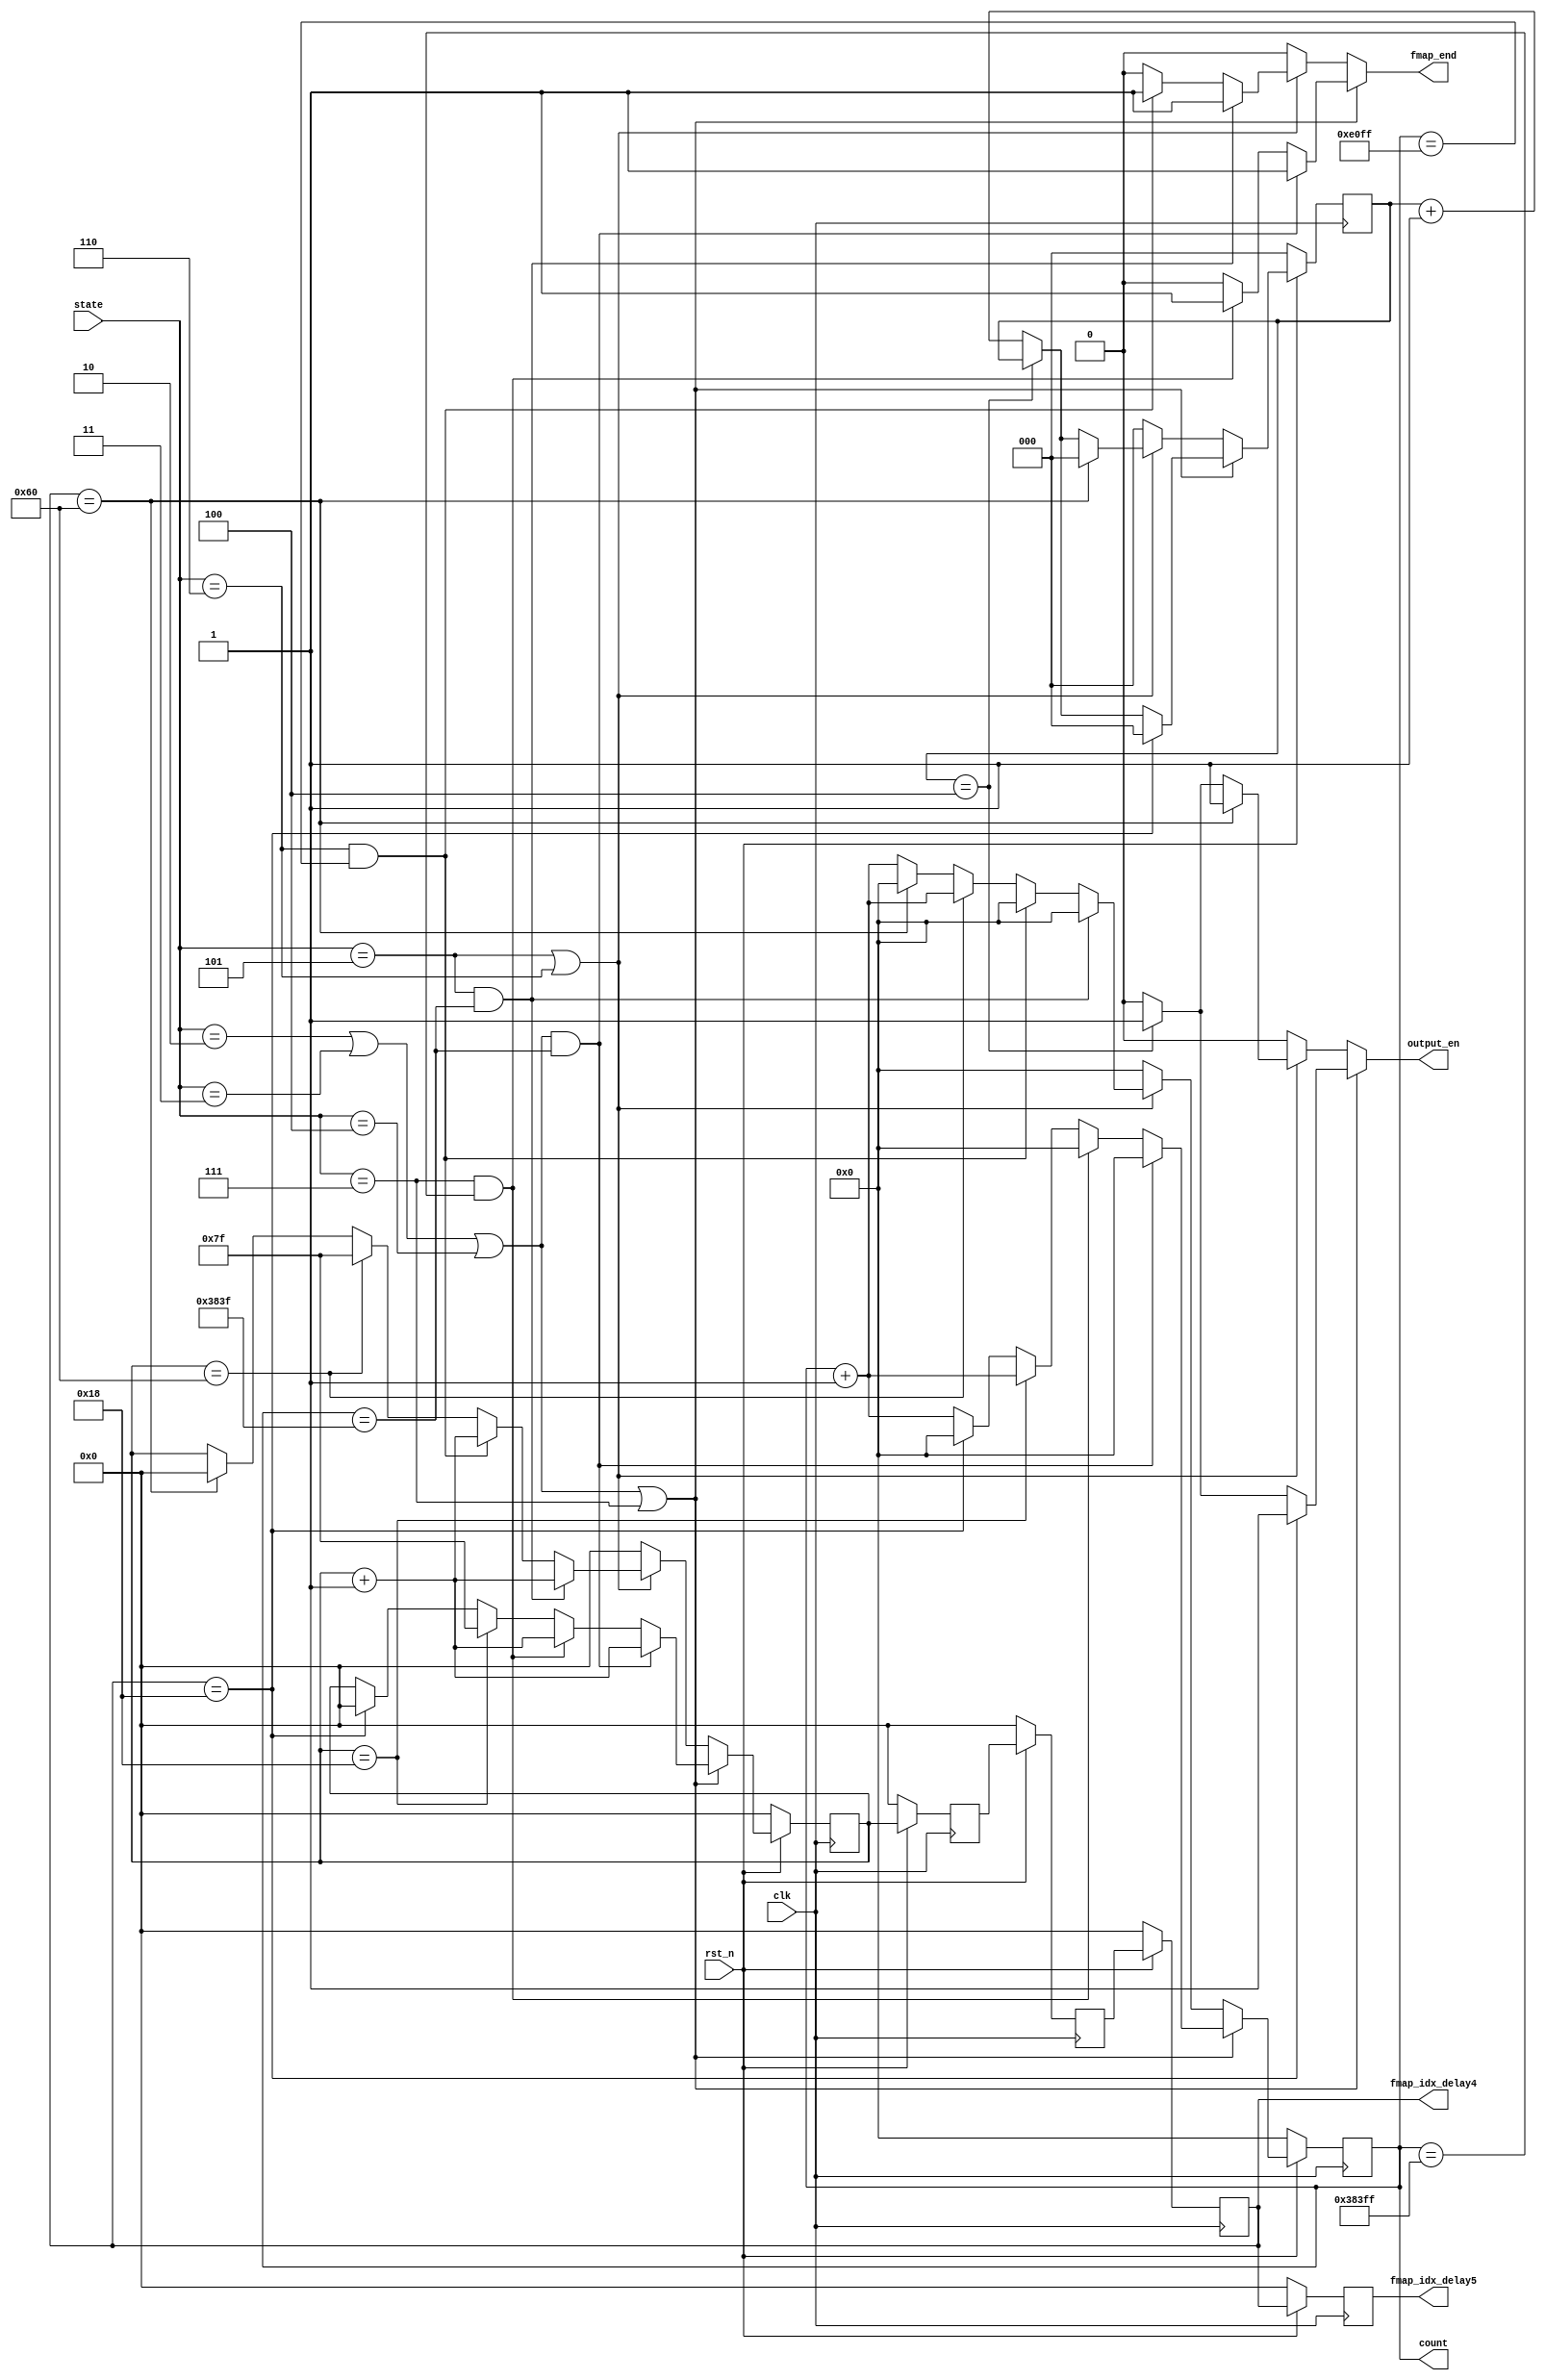
module counter(
    input clk,
    input rst_n,
    input [3:0] state,
    output reg [17:0] count,
    output reg fmap_end,
    output reg [6:0] fmap_idx_delay4,
    output reg [6:0] fmap_idx_delay5,
    output reg output_en
);
parameter IDLE = 0, PADDING = 1, CONV1 = 2, RES_1 = 3, RES_2 = 4, UP_1 = 5, UP_2 = 6, CONV2 = 7, FINISH = 8;
reg [17:0] n_count;
reg [6:0] temp_fmap_idx, fmap_idx, fmap_idx_delay, fmap_idx_delay2, fmap_idx_delay3;
reg [2:0] pipeline_count, n_pipeline_count;


always @*  begin
    if(state==CONV1 || state==RES_1 || state==RES_2 || state==CONV2)  begin
        if((state==CONV1 || state==RES_1 || state==RES_2) && (count==14399))  begin
            n_count = 0;
            fmap_end = 1;
            temp_fmap_idx = fmap_idx + 1;
        end
        else if((state==CONV2) && (count==230399))  begin
            n_count = 0;
            fmap_end = 1;
            temp_fmap_idx = fmap_idx + 1;
        end
        else if(fmap_idx==24)  begin
            n_count = count + 1;  //don't care
            fmap_end = 0;         //don't care
            temp_fmap_idx = 127;  //don't care, just can't be 24 to make sure that 24 appears in a cycle for state transfer
        end
        else if(fmap_idx_delay4==24)  begin  //state transfer -> reset count/fmap_idx to 0
            n_count = 0;
            fmap_end = 0;
            temp_fmap_idx = 0;
        end
        else  begin
            n_count = count + 1;
            fmap_end = 0;
            temp_fmap_idx = fmap_idx;
        end
    end
    else if(state==UP_1 || state==UP_2)  begin
        if(state==UP_1 && count==14399)  begin
            n_count = 0;
            fmap_end = 1;
            temp_fmap_idx = fmap_idx + 1;
        end
        else if(state==UP_2 && count==57599)  begin
            n_count = 0;
            fmap_end = 1;
            temp_fmap_idx = fmap_idx + 1;
        end
        else if(fmap_idx==96)  begin
            n_count = count + 1;  //don't care
            fmap_end = 0;         //don't care
            temp_fmap_idx = 127;  //don't care, just can't be 96 to make sure that 96 appears in a cycle for state transfer
        end
        else if(fmap_idx_delay4==96)  begin  //state transfer -> reset count/fmap_idx to 0
            n_count = 0;
            fmap_end = 0;
            temp_fmap_idx = 0;
        end
        else  begin
            n_count = count + 1;
            fmap_end = 0;
            temp_fmap_idx = fmap_idx;
        end
    end
    else  begin
        n_count = 0;
        fmap_end = 0;
        temp_fmap_idx = 0;
    end
end


always @(posedge clk)  begin
    if(~rst_n)  begin
        count <= 0;
        fmap_idx <= 0;
        fmap_idx_delay <= 0;
        // fmap_idx_delay2 <= 0;
        fmap_idx_delay3 <= 0;
        fmap_idx_delay4 <= 0;
        fmap_idx_delay5 <= 0;
    end
    else  begin
        count <= n_count;
        fmap_idx <= temp_fmap_idx;
        fmap_idx_delay <= fmap_idx;
        // fmap_idx_delay2 <= fmap_idx_delay;
        fmap_idx_delay3 <= fmap_idx_delay;
        fmap_idx_delay4 <= fmap_idx_delay3;
        fmap_idx_delay5 <= fmap_idx_delay4;
    end
end

//output_en ctl
always@*  begin
    if(state==CONV1 || state==RES_1 || state==RES_2 || state==CONV2)  begin
        if(fmap_idx_delay4==24)  begin  //state transfer -> reset pipeline_count to 0
            n_pipeline_count = 0;
            output_en = 1;
        end
        else if(pipeline_count==4)  begin
            n_pipeline_count = pipeline_count;
            output_en = 1;
        end
        else  begin
            n_pipeline_count = pipeline_count + 1;
            output_en = 0;
        end
    end
    else if(state==UP_1 || state==UP_2)  begin
        if(fmap_idx_delay4==96)  begin  //state transfer -> reset pipeline_count to 0
            n_pipeline_count = 0;
            output_en = 1;
        end
        else if(pipeline_count==4)  begin
            n_pipeline_count = pipeline_count;
            output_en = 1;
        end
        else  begin
            n_pipeline_count = pipeline_count + 1;
            output_en = 0;
        end
    end
    else  begin
        n_pipeline_count = 0;
        output_en = 0;
    end
end

always @(posedge clk)  begin
    if(~rst_n)
        pipeline_count <= 0;
    else
        pipeline_count <= n_pipeline_count;
end

endmodule